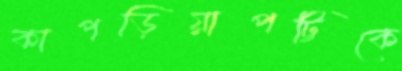
কাপড়িয়াপট্টিকে